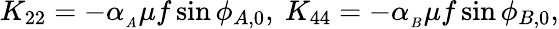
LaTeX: K_{22}=-\alpha_{_A}\mu f\sin{\phi_{A,0}},\ K_{44}=-\alpha_{_B}\mu f\sin{\phi_{B,0}},